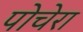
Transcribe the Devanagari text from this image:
पोचेरा